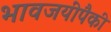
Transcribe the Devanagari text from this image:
भावजयींपैकी